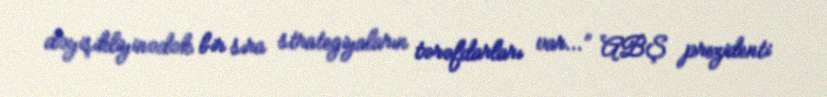
dəyişikliyinədək bir sıra strategiyaların tərəfdarları var...” ABŞ prezidenti